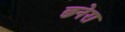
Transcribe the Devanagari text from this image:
छनेरा